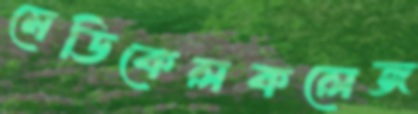
মেডিকেলকলেজ